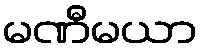
မဏီမယာ